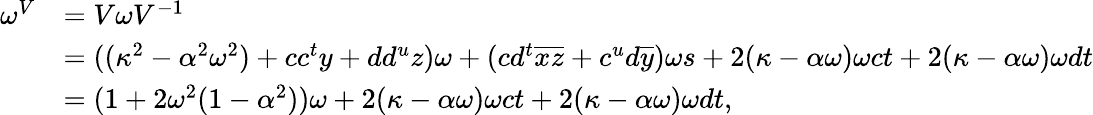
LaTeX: \begin{array}{rl}{\omega^{V}}&{=V\omega V^{-1}}\\ &{=((\kappa^{2}-\alpha^{2}\omega^{2})+cc^{t}y+dd^{u}z)\omega+(cd^{t}\overline{{x}}\overline{{z}}+c^{u}d\overline{{y}})\omega s+2(\kappa-\alpha\omega)\omega ct+2(\kappa-\alpha\omega)\omega dt}\\ &{=(1+2\omega^{2}(1-\alpha^{2}))\omega+2(\kappa-\alpha\omega)\omega ct+2(\kappa-\alpha\omega)\omega dt,}\end{array}